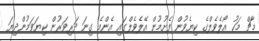
މާޗް މަހު އޯލެވެލްގެ ކިޔެވުން ފެށުމުން އޭލެވެލްގައި އެންމެ ގިނަ ދަރިވަރުން ކިޔަވަމުންދިޔަ